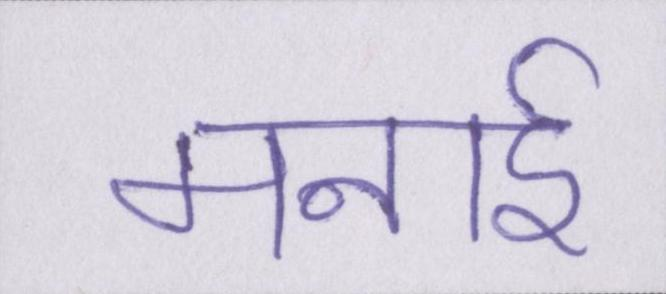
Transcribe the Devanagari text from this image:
मनाई